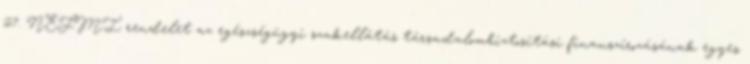
27. NEFMI rendelet az egészségügyi szakellátás társadalombiztosítási finanszírozásának egyes